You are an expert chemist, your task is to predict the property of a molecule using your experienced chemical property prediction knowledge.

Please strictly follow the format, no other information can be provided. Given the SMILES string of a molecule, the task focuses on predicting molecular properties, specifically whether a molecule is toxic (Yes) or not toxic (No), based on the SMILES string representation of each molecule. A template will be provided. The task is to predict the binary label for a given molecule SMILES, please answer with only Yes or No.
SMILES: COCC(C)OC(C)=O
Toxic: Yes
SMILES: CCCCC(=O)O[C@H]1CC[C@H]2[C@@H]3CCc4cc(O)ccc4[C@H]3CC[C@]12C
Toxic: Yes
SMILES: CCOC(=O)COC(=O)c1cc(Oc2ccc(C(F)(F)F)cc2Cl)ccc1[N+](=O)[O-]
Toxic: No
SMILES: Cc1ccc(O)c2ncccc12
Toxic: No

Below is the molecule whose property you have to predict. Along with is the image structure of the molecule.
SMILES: OCC(CO)n1cnc(-c2ccc(F)cc2)c1-c1ccnc(Oc2ccccc2)n1
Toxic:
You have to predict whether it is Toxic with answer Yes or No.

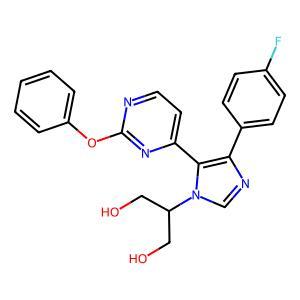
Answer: No